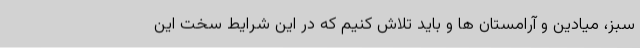
سبز، میادین و آرامستان ها و باید تلاش کنیم که در این شرایط سخت این